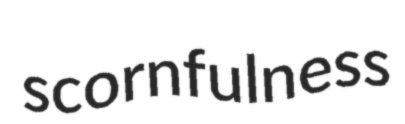
scornfulness